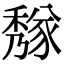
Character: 𥢁